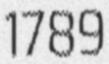
1789